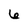
Character: 6